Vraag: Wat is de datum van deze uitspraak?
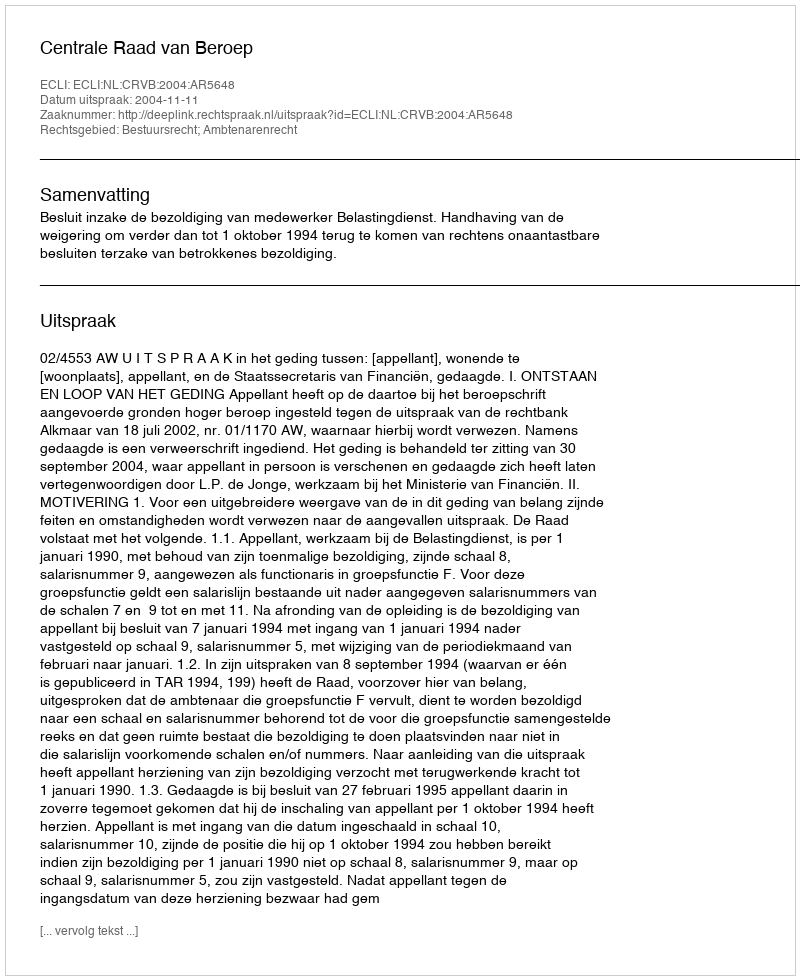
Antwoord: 2004-11-11